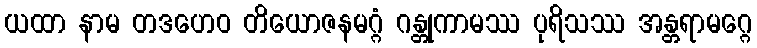
ယထာ နာမ တဒဟေဝ တိယောဇနမဂ္ဂံ ဂန္တုကာမဿ ပုရိသဿ အန္တရာမဂ္ဂေ